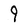
Character: 9